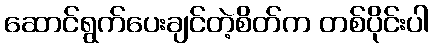
ဆောင်ရွက်ပေးချင်တဲ့စိတ်က တစ်ပိုင်းပါ